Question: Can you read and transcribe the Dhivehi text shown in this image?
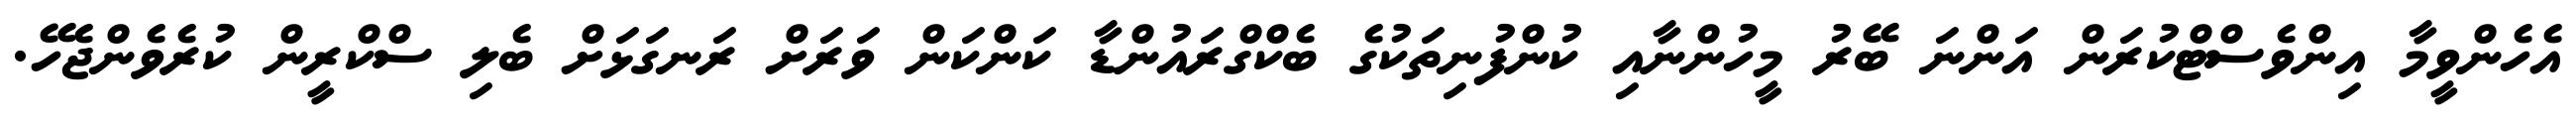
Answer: އެހެންވީމާ އިންވެސްޓްކުރަން އަންނަ ބޭރު މީހުންނާއި ކުންފުނިތަކުގެ ބެކްގްރައުންޑާ ކަންކަން ވަރަށް ރަނގަޅަށް ބެލި ސްކްރީން ކުރެވެންޖެހޭ.